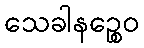
သေခါနဉ္စေဝ